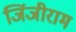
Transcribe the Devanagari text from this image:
जिंजीराम